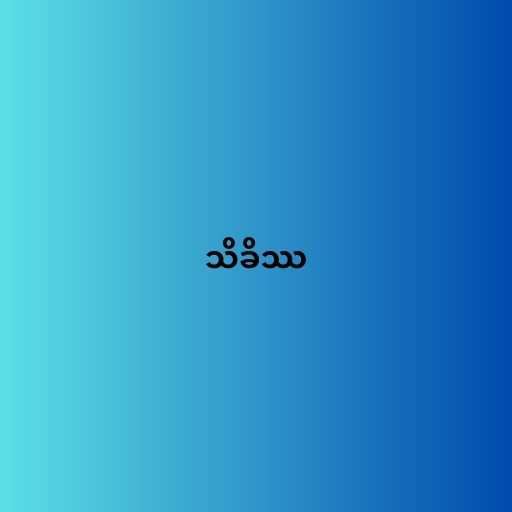
သိခိဿ